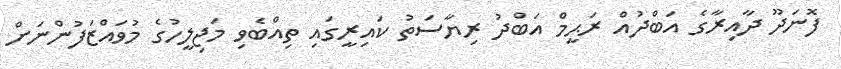
ފޮނަދޫ ދާއިރާގެ އަބްދުއް ރަޙީމް އަބްދު ރިޔާސަތު ކައިރީގައި ތިއްބެވި މަޖިލީހުގެ މުވައްޒަފުންނަށް